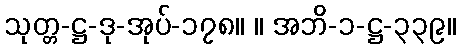
သုတ္တ-ဋ္ဌ-ဒု-အုပ်-၁၇၈။ ။ အဘိ-၁-ဋ္ဌ-၃၃၉။